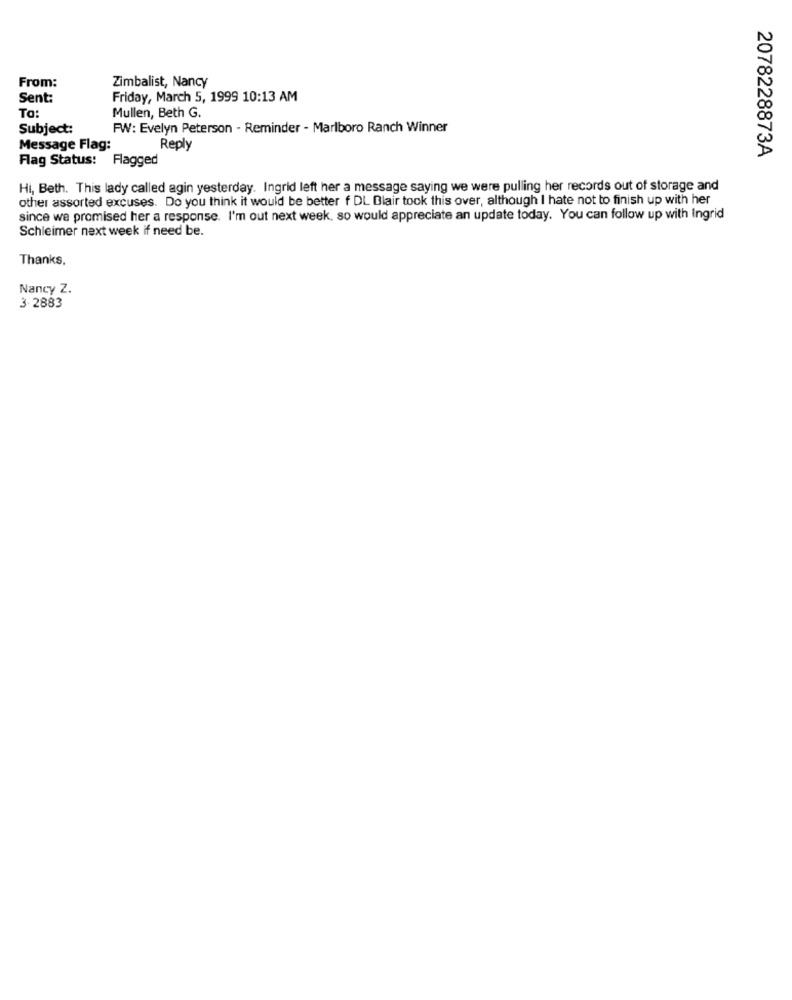
From:
Zimbalist, Nancy
Sent:
Friday, March 5, 1999 10:13 AM
To:
Mullen, Beth G.
Subject:
FW: Evelyn Peterson - Reminder - Marlboro Ranch Winner
Message Flag:
Reply
2078228873A
Flag Status:
Flagged
Hi, Beth. This lady called agin yesterday. Ingrid left her a message saying we were pulling her records out of storage and
other assorted excuses. Do you think it would be better f DL Blair took this over, although I hate not to finish up with her
since we promised her a response. I'm out next week, so would appreciate an update today. You can follow up with Ingrid
Schleimer next week if need be.
Thanks,
Nancy Z.
3.2883